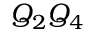
Q _ { 2 } Q _ { 4 }